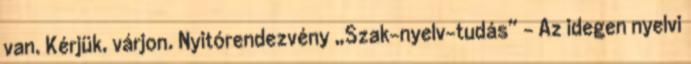
van. Kérjük, várjon. Nyitórendezvény „Szak-nyelv-tudás” – Az idegen nyelvi